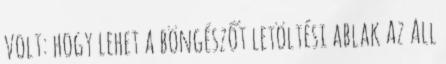
volt: hogy lehet a böngészőt letöltési ablak Az All